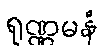
ရုဏ္ဏမနံ